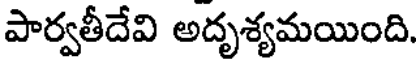
పార్వతీదేవి అదృశ్యమయింది.